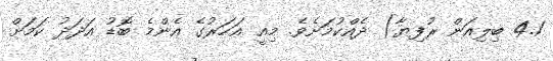
4.1 ބިލިއަން ރުފިޔާ) ދެއްކުމަށެވެ. މިއީ އަހަރުގެ އެންމެ ބޮޑު އަދަދު ކަމަށް